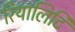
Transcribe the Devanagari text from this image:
रियालिटि